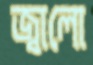
জ্বালো